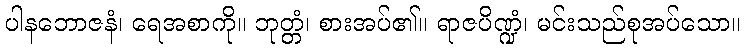
ပါနဘောဇနံ၊ ရေအစာကို။ ဘုတ္တံ၊ စားအပ်၏။ ရာဇပိဏ္ဍံ၊ မင်းသည်စုအပ်သော။